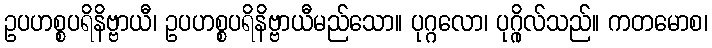
ဥပဟစ္စပရိနိဗ္ဗာယီ၊ ဥပဟစ္စပရိနိဗ္ဗာယီမည်သော။ ပုဂ္ဂလော၊ ပုဂ္ဂိုလ်သည်။ ကတမောစ၊